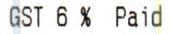
GST 6% PAID